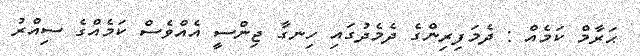
ޙަރާމް ކަމެއް : ދެމަފިރިންގެ ދެމެދުގައި ހިނގާ ޖިންސީ އެއްވެސް ކަމެއްގެ ސިއްރު